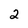
Character: 2